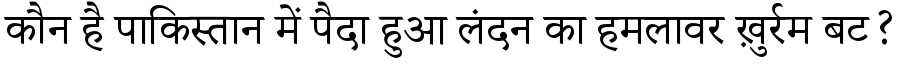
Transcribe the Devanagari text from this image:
कौन है पाकिस्तान में पैदा हुआ लंदन का हमलावर ख़ुर्रम बट?